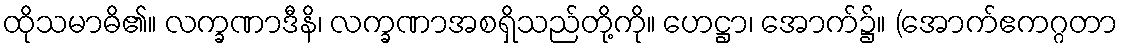
ထိုသမာဓိ၏။ လက္ခဏာဒီနိ၊ လက္ခဏာအစရှိသည်တို့ကို။ ဟေဋ္ဌာ၊ အောက်၌။ (အောက်ဧကဂ္ဂတာ